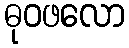
ဓုဝဖလော